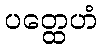
ပတ္ထေဟံ